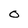
Character: 0